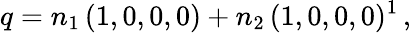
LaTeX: q=n_{1}\, (1,0,0,0)+n_{2}\, (1,0,0,0)^{1}\, ,